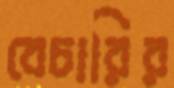
বেচারির